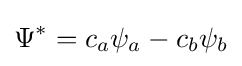
\Psi ^{*}=c_{a}\psi _{a}-c_{b}\psi _{b}